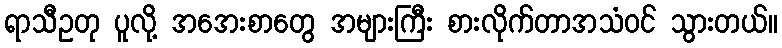
ရာသီဥတု ပူလို့ အအေးစာတွေ အများကြီး စားလိုက်တာအသံဝင် သွားတယ်။